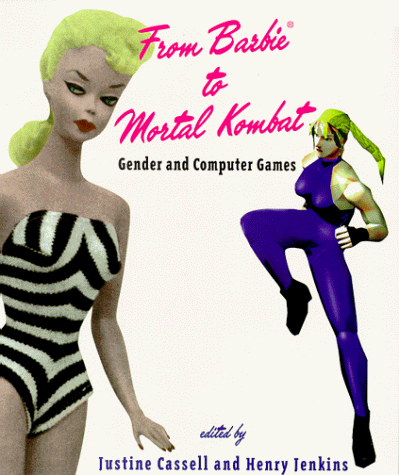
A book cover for From Barbie to Mortal Kombat: Gender and Computer Games; Sports & Outdoors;